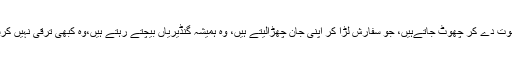
جو رشوت دے کر چھوٹ جاتےہیں، جو سفارش لڑا کر اپنی جان چھڑالیتے ہیں، وہ ہمیشہ گنڈیریاں بیچتے رہتے ہیں،وہ کبھی ترقی نہیں کرسکتے۔